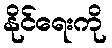
နိုင်ရေးကို